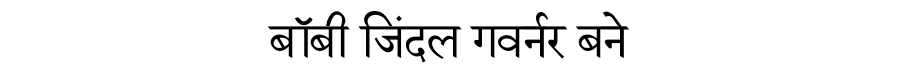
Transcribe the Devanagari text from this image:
बॉबी जिंदल गवर्नर बने